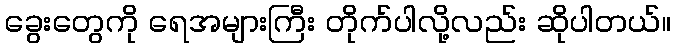
ခွေးတွေကို ရေအများကြီး တိုက်ပါလို့လည်း ဆိုပါတယ်။